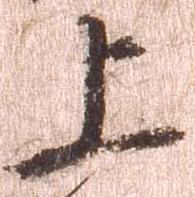
上